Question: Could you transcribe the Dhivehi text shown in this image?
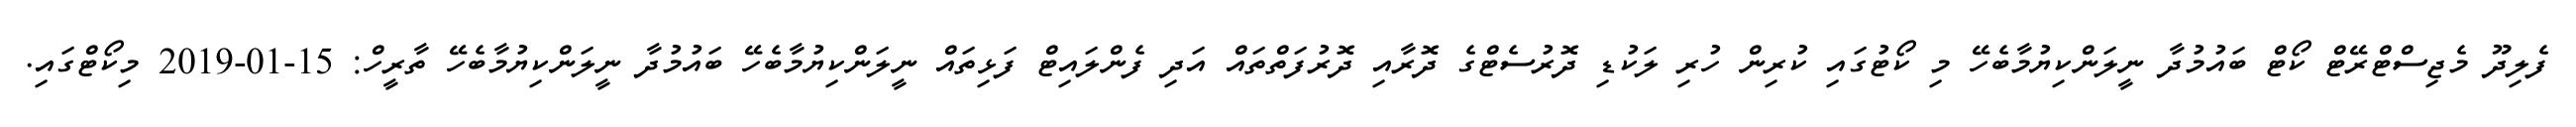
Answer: ފެލިދޫ މެޖިސްޓްރޭޓް ކޯޓް ބައުމުދާ ނީލަންކިޔުމާބެހޭ މި ކޯޓުގައި ކުރިން ހުރި ލަކުޑި ދޮރުސެޓްގެ ދޮރާއި ދޮރުފަތްތައް އަދި ފެންލައިޓް ފަޅިތައް ނީލަންކިޔުމާބެހޭ ބައުމުދާ ނީލަންކިޔުމާބެހޭ ތާރީހް: 15-01-2019 މިކޯޓްގައި.